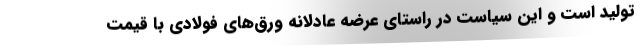
تولید است و این سیاست در راستای عرضه عادلانه ورق‌های فولادی با قیمت